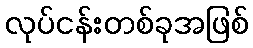
လုပ်ငန်းတစ်ခုအဖြစ်